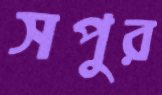
সপুর